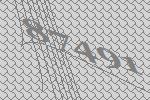
87491